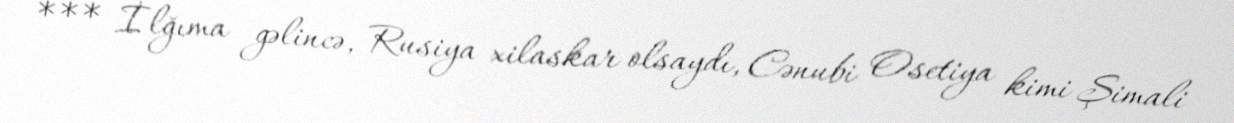
*** İlğıma gəlincə, Rusiya xilaskar olsaydı, Cənubi Osetiya kimi Şimali